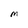
Character: M